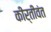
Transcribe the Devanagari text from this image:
कीर्तीवंत